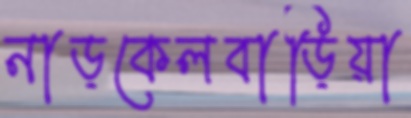
নাড়কেলবাড়িয়া